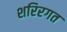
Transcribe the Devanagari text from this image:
शरिरगत